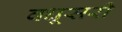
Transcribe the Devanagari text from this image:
वधूसरी